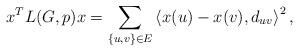
LaTeX: \begin{align*}x^T L(G,p) x = \sum_{\{u,v\}\in E} \left\langle x(u)-x(v), d_{uv}\right\rangle^2,\end{align*}